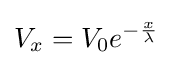
V_{x}=V_{0}e^{-{\frac {x}{\lambda }}}